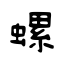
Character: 螺